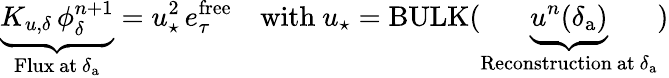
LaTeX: \underbrace{K_{u,\delta}\, {\phi}_{\delta}^{n+1}}_{\mathrm{Flux~at~}\delta_{\mathrm{a}}}=u_{\star}^{2}\, e_{\tau}^{\mathrm{free}}\quad\mathrm{with~}u_{\star}=\mathrm{BULK}(\underbrace{u^{n}(\delta_{\mathrm{a}})}_{\mathrm{Reconstruction~at~}\delta_{\mathrm{a}}})